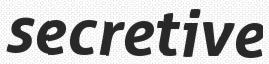
secretive